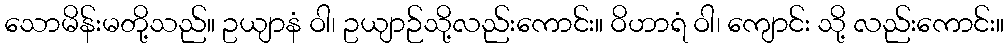
သောမိန်းမတို့သည်။ ဥယျာနံ ဝါ၊ ဥယျာဉ်သို့လည်းကောင်း။ ဝိဟာရံ ဝါ၊ ကျောင်း သို့ လည်းကောင်း။